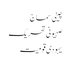
چینی سماج
صہیونی تحریک
یہودی قومیت